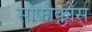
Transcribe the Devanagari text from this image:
सोफोक्लीस